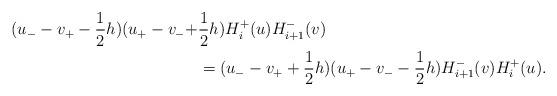
LaTeX: \begin{align*}(u_{-}-v_{+}-\frac{1}{2}h)(u_{+}-v_{-}+&\frac{1}{2}h)H_{i}^{+}(u)H_{i+1}^{-}(v)\\&=(u_{-}-v_{+}+\frac{1}{2}h)(u_{+}-v_{-}-\frac{1}{2}h)H_{i+1}^{-}(v)H_{i}^{+}(u).\end{align*}